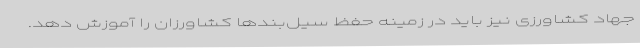
جهاد کشاورزی نیز باید در زمینه حفظ سیل‌بندها کشاورزان را آموزش دهد.